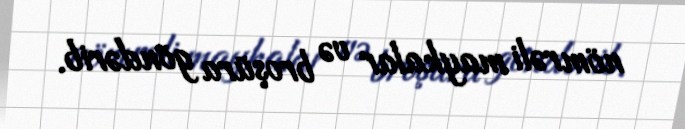
nömrəli maykalar və broşüra göndərib.